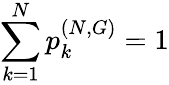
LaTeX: \sum_{k=1}^{N}p_{k}^{(N,G)}=1